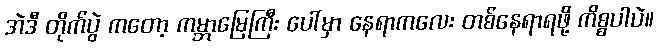
အဲဒီ တိုက်ပွဲ ကတော့ ကမ္ဘာမြေကြီး ပေါ်မှာ နေရာကလေး တစ်နေရာရဖို့ ကိစ္စပါပဲ။